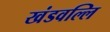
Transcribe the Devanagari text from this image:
खंडवल्लि